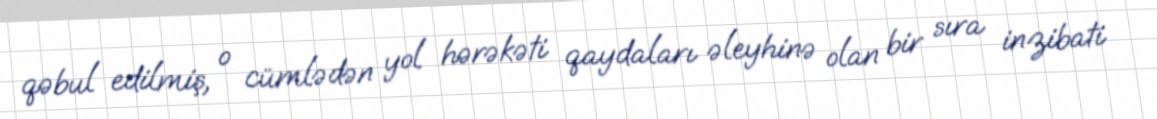
qəbul edilmiş, o cümlədən yol hərəkəti qaydaları əleyhinə olan bir sıra inzibati